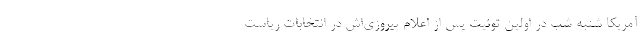
آمریکا شنبه شب در اولین توئیت پس از اعلام پیروزی‌اش در انتخابات ریاست